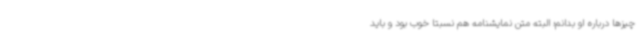
چیزها درباره او بدانم؛ البته متن نمایشنامه هم نسبتا خوب بود و باید